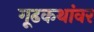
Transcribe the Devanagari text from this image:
गूढकथांवर